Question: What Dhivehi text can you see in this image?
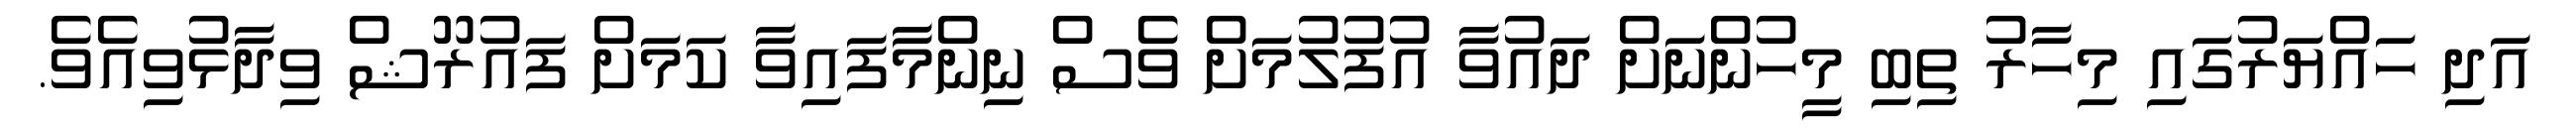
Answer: އަދި ހައްޔަރުގައި މިހާރު ތިބި މީހުންނަށް ދައުވާ އުފުލުމަށް ވެސް ނިންމާފައިވާ ކަމަށް ފައުރޫޝް ވިދާޅުވިއެވެ.